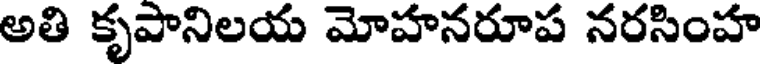
అతి కృపానిలయ మోహనరూప నరసింహ